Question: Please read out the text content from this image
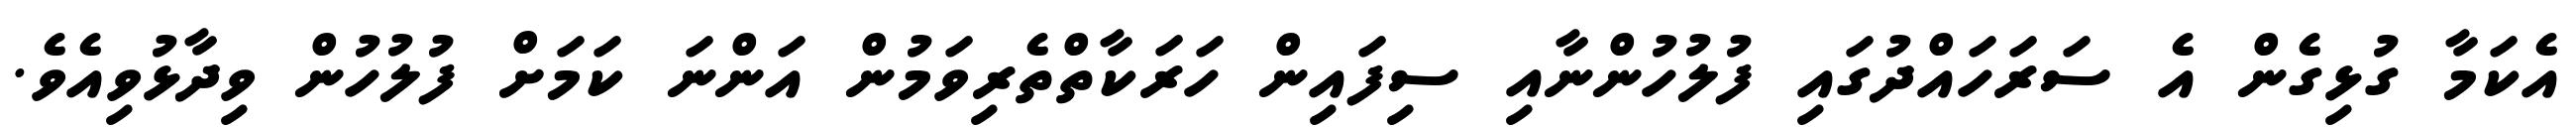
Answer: އެކަމާ ގުޅިގެން އެ ސަރަހައްދުގައި ފުލުހުންނާއި ސިފައިން ހަރަކާތްތެރިވަމުން އަންނަ ކަމަށް ފުލުހުން ވިދާޅުވިއެވެ.